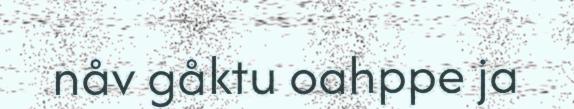
nåv gåktu oahppe ja